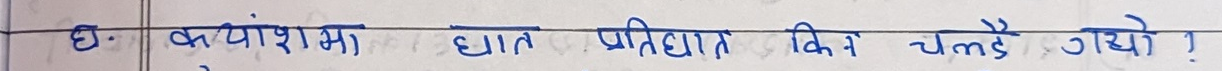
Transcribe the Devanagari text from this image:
छ. बुग्यांशमा घात प्रतिघात किन चल्दै गयो ?